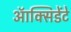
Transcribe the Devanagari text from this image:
ऑक्सिडेंटे